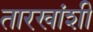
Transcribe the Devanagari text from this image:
तारखांशी